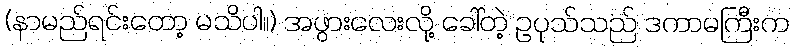
(နာမည်ရင်းတော့ မသိပါ။) အဖွားလေးလို့ ခေါ်တဲ့ ဥပုသ်သည် ဒကာမကြီးက